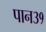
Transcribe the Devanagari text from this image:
पान३१